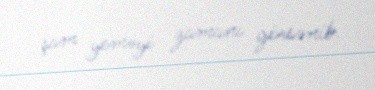
şam yeməyi zamanı görsənib.